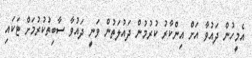
އެމީހުން ދައުވާ އަށް އިންކާރު ކުރުމުން ދައުލަތުން ވަނީ ދައުވާ ސާބިތުކުރުމަށް ޓަކައި